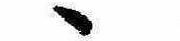
ゝ